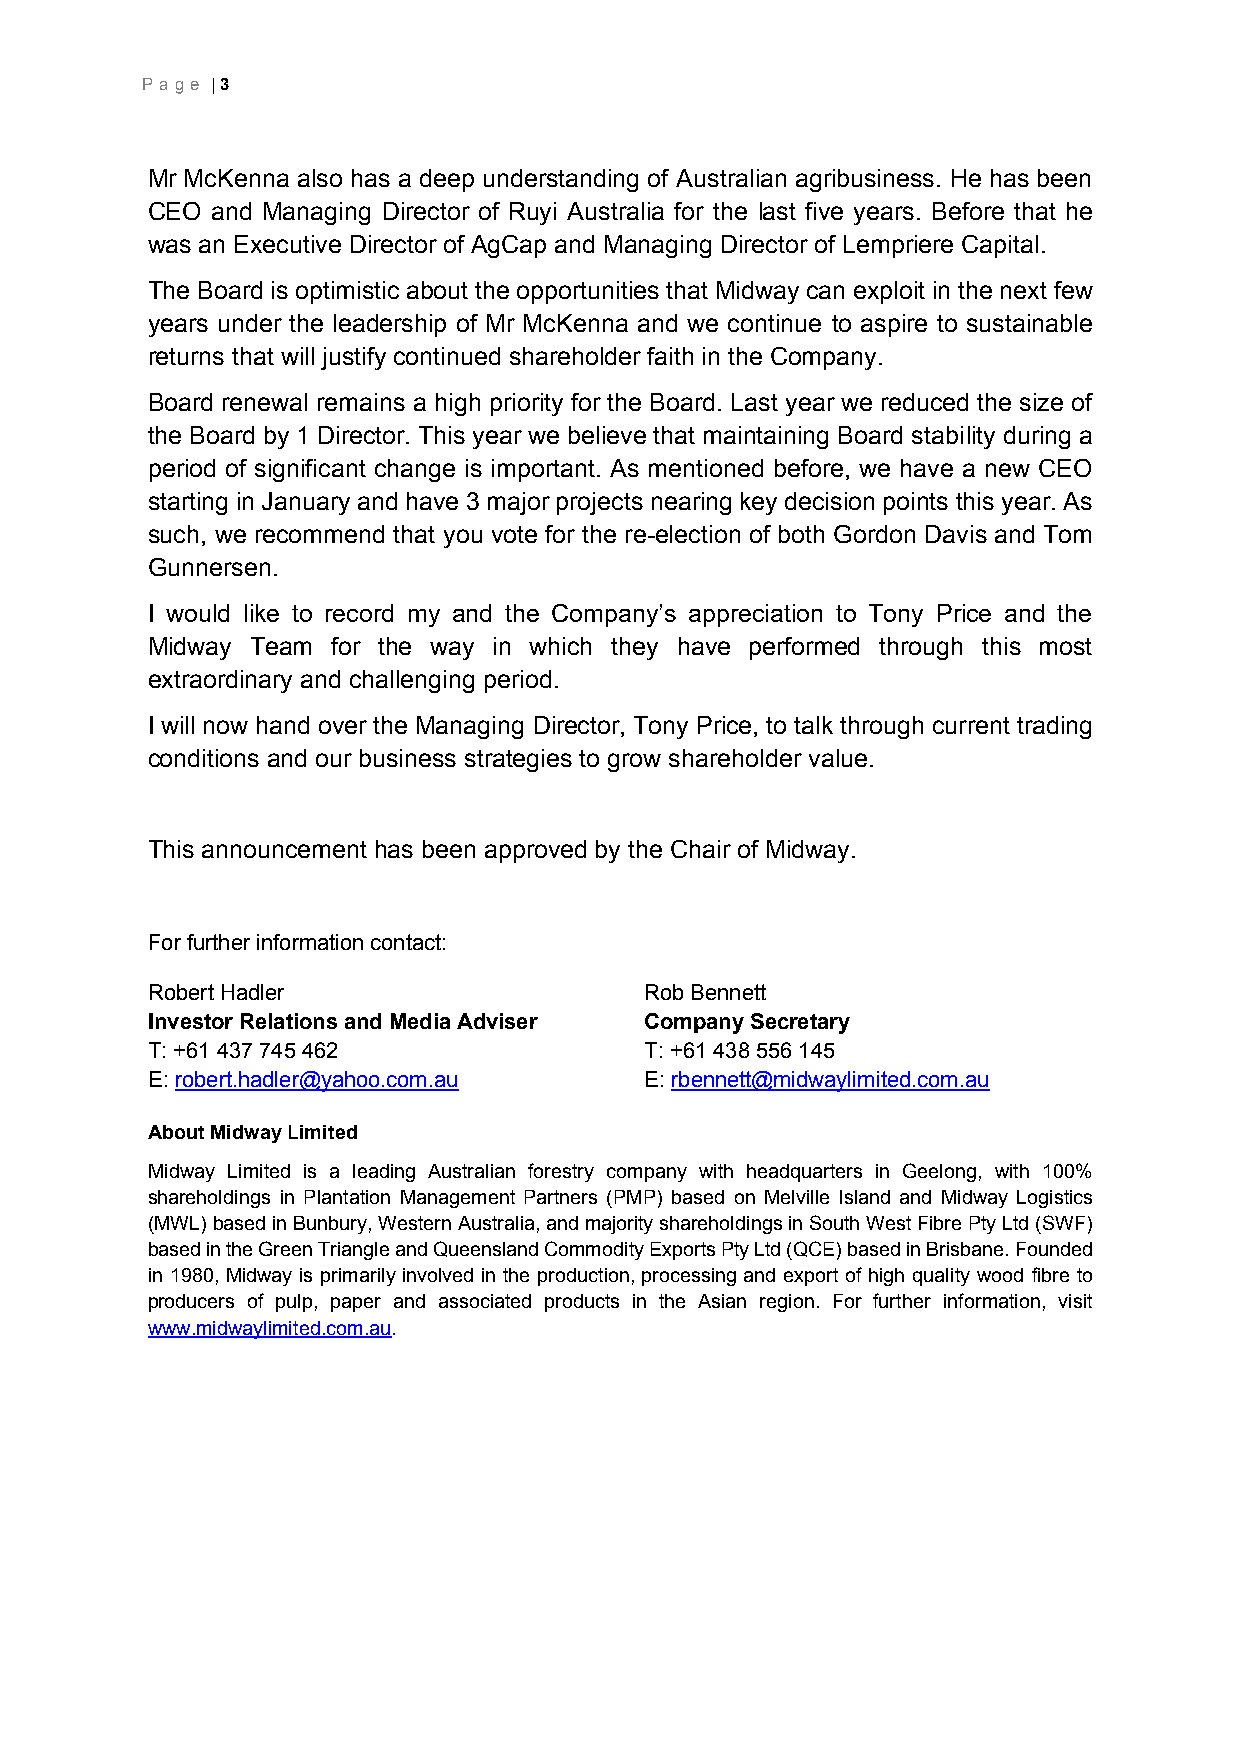
P age | 3
 Mr McKenna also has a deep understanding of Australian agribusiness. He has been
 CEO and Managing Director of Ruyi Australia for the last five years. Before that he
 was an Executive Director of AgCap and Managing Director of Lempriere Capital.
 The Board is optimistic about the opportunities that Midway can exploit in the next few
 years under the leadership of Mr McKenna and we continue to aspire to sustainable
 returns that will justify continued shareholder faith in the Company.
 Board renewal remains a high priority for the Board. Last year we reduced the size of
 the Board by 1 Director. This year we believe that maintaining Board stability during a
 period of significant change is important. As mentioned before, we have a new CEO
 starting in January and have 3 major projects nearing key decision points this year. As
 such, we recommend that you vote for the re-election of both Gordon Davis and Tom
 Gunnersen.
 I would like to record my and the Company’s appreciation to Tony Price and the
 Midway Team for the way in which they have performed through this most
 extraordinary and challenging period.
 I will now hand over the Managing Director, Tony Price, to talk through current trading
 conditions and our business strategies to grow shareholder value.
 This announcement has been approved by the Chair of Midway.
 For further information contact:
 Robert Hadler                    Rob Bennett
 Investor Relations and Media Adviser Company Secretary
 T: +61 437 745 462               T: +61 438 556 145
 E: robert.hadler@yahoo.com.au    E: rbennett@midwaylimited.com.au
 About Midway Limited
 Midway Limited is a leading Australian forestry company with headquarters in Geelong, with 100%
 shareholdings in Plantation Management Partners (PMP) based on Melville Island and Midway Logistics
 (MWL) based in Bunbury, Western Australia, and majority shareholdings in South West Fibre Pty Ltd (SWF)
 based in the Green Triangle and Queensland Commodity Exports Pty Ltd (QCE) based in Brisbane. Founded
 in 1980, Midway is primarily involved in the production, processing and export of high quality wood fibre to
 producers of pulp, paper and associated products in the Asian region. For further information, visit
 www.midwaylimited.com.au.